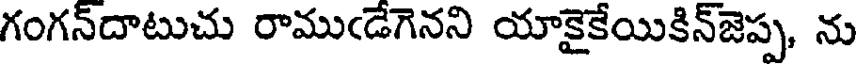
గంగన్దాటుచు రాముఁడేగెనని యాకైకేయికిన్జెప్ప, ను